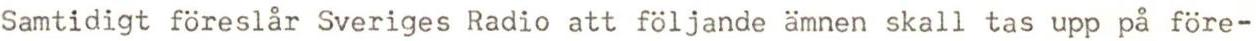
Samtidigt föreslår Sveriges Radio att följande ämnen skall tas upp på före-